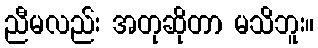
ညီမလည်း အတုဆိုတာ မသိဘူး။